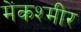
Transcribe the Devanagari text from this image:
मेंकश्मीर